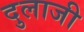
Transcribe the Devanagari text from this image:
दुलाजी